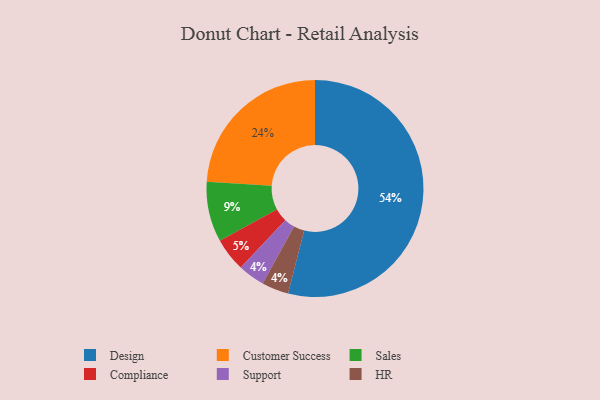
{"axis": {"x": "Category", "y": "Percentage"}, "legend": ["Compliance", "Customer Success", "Design", "HR", "Sales", "Support"], "data": [{"x": "Compliance", "y": 5, "type": "Compliance"}, {"x": "Support", "y": 4, "type": "Support"}, {"x": "Design", "y": 54, "type": "Design"}, {"x": "Customer Success", "y": 24, "type": "Customer Success"}, {"x": "Sales", "y": 9, "type": "Sales"}, {"x": "HR", "y": 4, "type": "HR"}]}